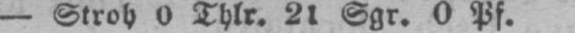
- Stroh 0 Thlr. 21 Sgr. 0 Pf.